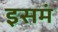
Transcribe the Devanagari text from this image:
इसमं